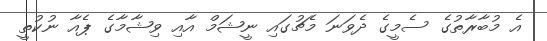
އެ މުބާރާތުގެ ސެމީގެ ދެވަނަ މެޗުގައި ނީޝަމް އާއި ވިޝާމާގެ ޕެއާ ނުކުތީ